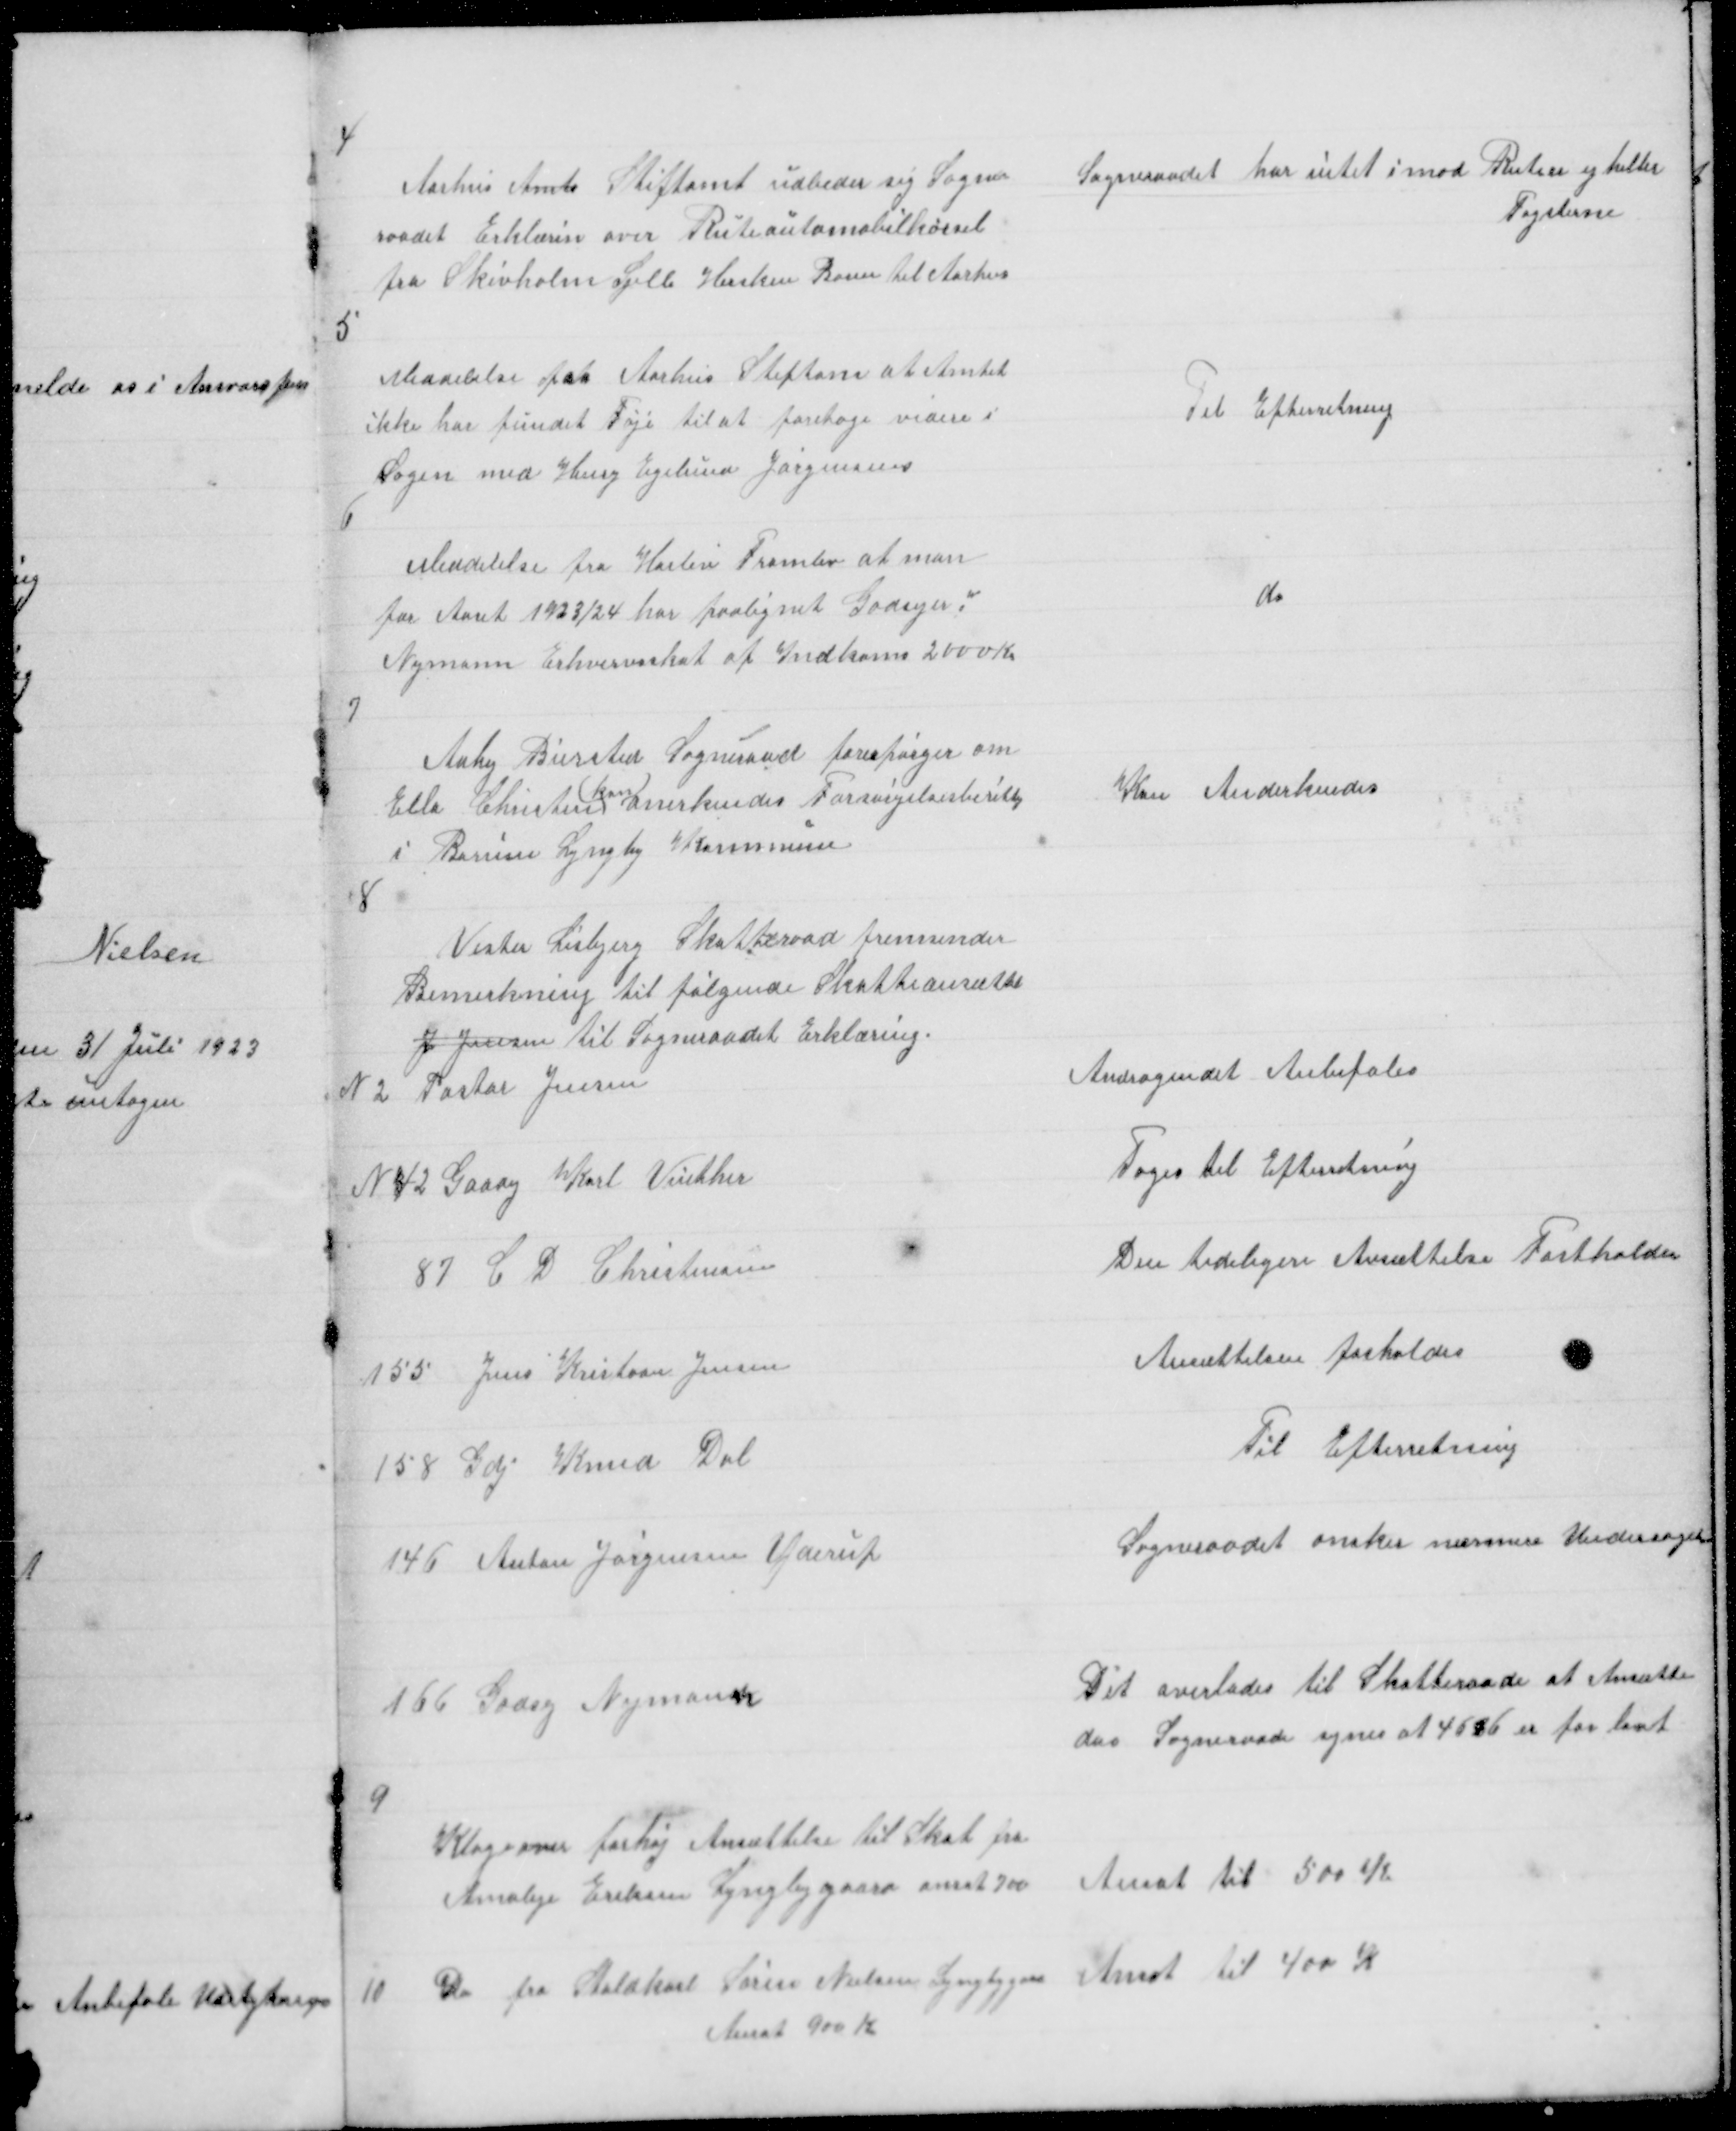
Transskription:
4

Aarhus Amts Stiftamt udbeder sig Sogne
raadet Erklærin over Ruteautomobilkørsel
fra Skivholm Sjelle Herskin Borum til Aarhus

Sogneraadet har intet imod Ruten ej heller
Tagsterne

5

Meddelelse fra Aarhus Stiftam at Amtet
ikke har fundet Føje til at foretage videre i
Sagen med Henry Egelund Jørgensen

Til Efterretning

6

Meddelelse fra Harlev Framlev at man
for Aaret 1923/24 har paalignet Godsejer w
Nymann Erhvervsskat af Indkoms 2000 Kr

do

7

Aaby Biersted Sogneraad forespørger om
Ella Christen
kan
anerkendes Forsørgelsesberettig
i Borum Lyngby Kommune

Kan Anderkendes

8
Vester Lisbjerg Skatteraad fremsender
Bemerkning til følgende Skatteansatte
J Jensen til Sogneraadet Erklæring.

9

Klage over forhøj Ansættelse til Skat fra
Amaleje Eriksen Lyngbygaard ansat 700

Ansat til 500 K

10

Do fra Staldkarl Søren Nielsen Lyngbygaard
Ansat 900 K

Ansat til 400 k